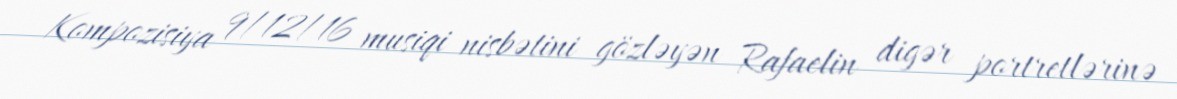
Kompozisiya 9/12/16 musiqi nisbətini gözləyən Rafaelin digər portretlərinə